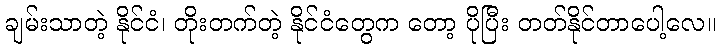
ချမ်းသာတဲ့ နိုင်ငံ၊ တိုးတက်တဲ့ နိုင်ငံတွေက တော့ ပိုပြီး တတ်နိုင်တာပေါ့လေ။